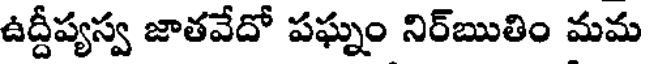
ఉద్దీష్యస్వ జాతవేదో పఘ్నం నిర్బుతిం మమ